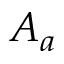
A _ { a }